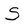
Character: S